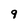
Character: 9